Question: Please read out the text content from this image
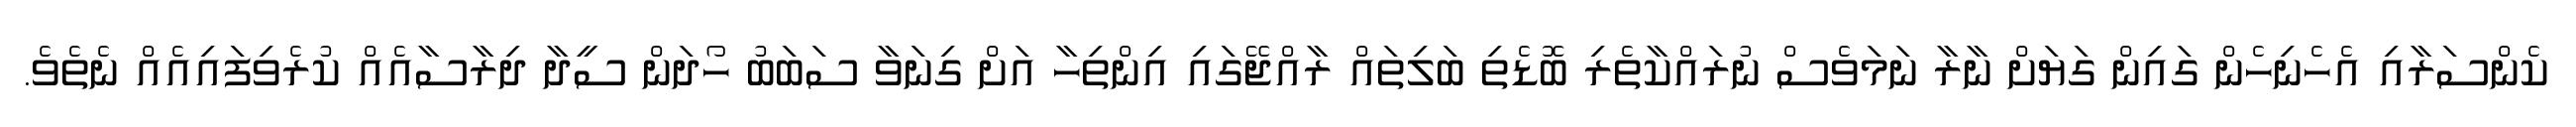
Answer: ކެންސަރާއި އެހެނިހެން ގައިން ގަޔަށް ނާރާ ނަމަވެސް ނުރައްކާތެރި ބޮޑެތި ބަލިތައް ރާއްޖޭގައި އިންތިހާ އަށް ގިނަވާ ސަބަބު ހޯދަން ސީދާ ދިރާސާއެއް ކުރެވިފައިއެއް ނެތެވެ.